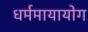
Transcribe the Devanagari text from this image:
धर्ममायायोग